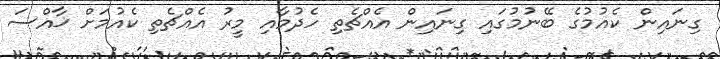
ގިނައިން ކެއުމުގެ ބޭނުމުގައި ގިނައިން އެއްޗެތި ހެދުމާއި މީރު އެއްޗެތި ކެއުމަށް ޚާއްސަ